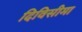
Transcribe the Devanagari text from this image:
दिविसीमा